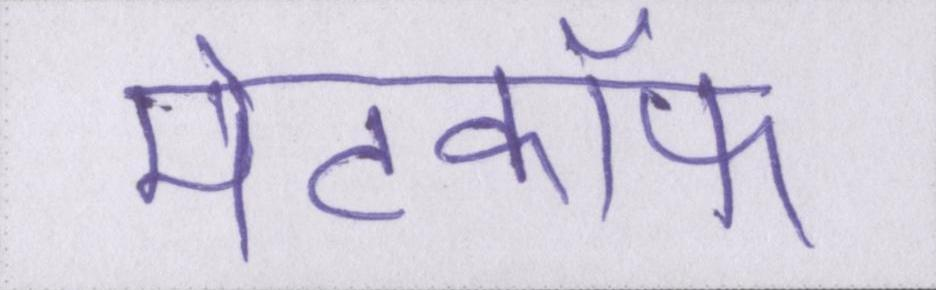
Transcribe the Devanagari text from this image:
मेटकॉफ